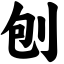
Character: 刨